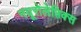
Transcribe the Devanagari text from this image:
नयूरोलेप्तिक्स